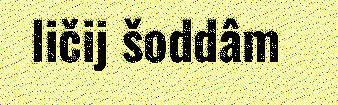
ličij šoddâm